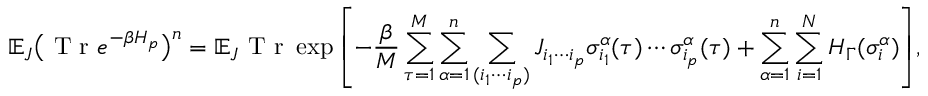
\mathbb { E } _ { J } \big ( \textrm { T r } e ^ { - \beta H _ { p } } \big ) ^ { n } = \mathbb { E } _ { J } \textrm { T r } \exp { \left[ - \frac { \beta } { M } \sum _ { \tau = 1 } ^ { M } \sum _ { \alpha = 1 } ^ { n } \sum _ { ( i _ { 1 } \cdots i _ { p } ) } J _ { i _ { 1 } \cdots i _ { p } } \sigma _ { i _ { 1 } } ^ { \alpha } ( \tau ) \cdots \sigma _ { i _ { p } } ^ { \alpha } ( \tau ) + \sum _ { \alpha = 1 } ^ { n } \sum _ { i = 1 } ^ { N } H _ { \Gamma } ( \sigma _ { i } ^ { \alpha } ) \right] } ,